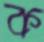
ক